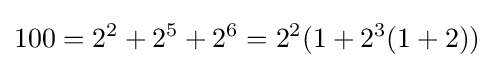
100=2^{2}+2^{5}+2^{6}=2^{2}(1+2^{3}(1+2))